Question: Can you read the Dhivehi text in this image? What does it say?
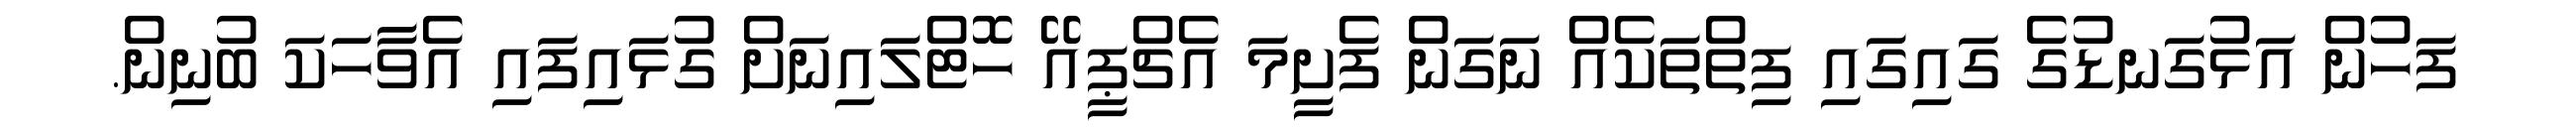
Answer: ފަހުން އަޅުގަނޑުގެ ގައިގައި ފިތްތަކެއް ނަގަން ފެށީމަ އެޗްޕީއޭ ހޮޓްލައިނަށް ގުޅައިފައި އެވާހަކަ ބުނިން.